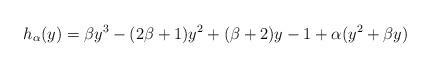
LaTeX: \begin{align*}h_{\alpha}(y)=\beta y^{3}-(2\beta +1)y^{2}+(\beta +2)y - 1 +\alpha (y^{2}+\beta y)\end{align*}